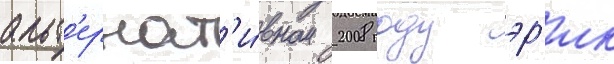
альт'ернат'и́вном 2008 году эр'ик